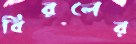
বিরলের